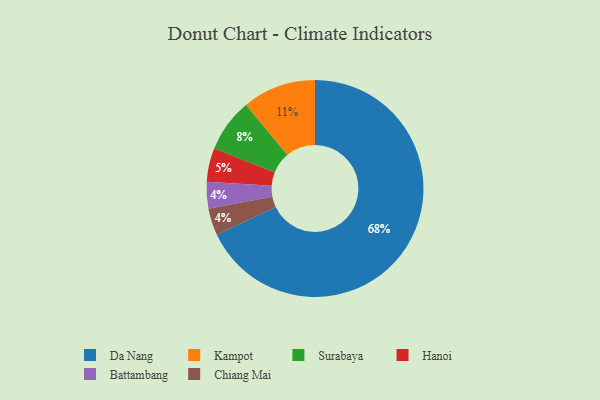
{"axis": {"x": "Category", "y": "Percentage"}, "legend": ["Battambang", "Chiang Mai", "Da Nang", "Hanoi", "Kampot", "Surabaya"], "data": [{"x": "Surabaya", "y": 8, "type": "Surabaya"}, {"x": "Battambang", "y": 4, "type": "Battambang"}, {"x": "Da Nang", "y": 68, "type": "Da Nang"}, {"x": "Hanoi", "y": 5, "type": "Hanoi"}, {"x": "Kampot", "y": 11, "type": "Kampot"}, {"x": "Chiang Mai", "y": 4, "type": "Chiang Mai"}]}